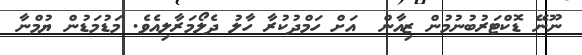
ނޫނޭ ޑޮކްޓަރުބުނުމުން ޒިއާން  އަށް ހަމްދުކުރާ ހާލު ދެލޯމަރާލިއެވެ. މަޑުމަޑުން ޔުމްނާ